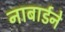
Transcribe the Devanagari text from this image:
नाबार्डने